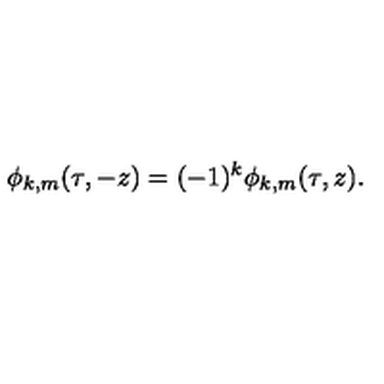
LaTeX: \phi _ { k , m } ( \tau , - z ) = ( - 1 ) ^ { k } \phi _ { k , m } ( \tau , z ) .